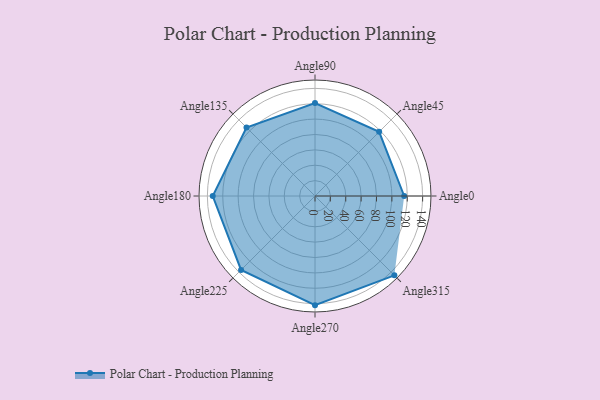
{"axis": {"x": "Angle", "y": "Radius"}, "legend": [""], "data": [{"x": "Angle0", "y": 116.0, "type": ""}, {"x": "Angle45", "y": 118.0, "type": ""}, {"x": "Angle90", "y": 121.0, "type": ""}, {"x": "Angle135", "y": 126.0, "type": ""}, {"x": "Angle180", "y": 133.0, "type": ""}, {"x": "Angle225", "y": 136.0, "type": ""}, {"x": "Angle270", "y": 142.0, "type": ""}, {"x": "Angle315", "y": 146.0, "type": ""}]}